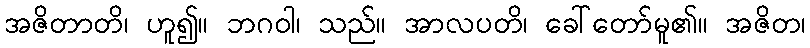
အဇိတာတိ၊ ဟူ၍။ ဘဂဝါ၊ သည်။ အာလပတိ၊ ခေါ်တော်မူ၏။ အဇိတ၊